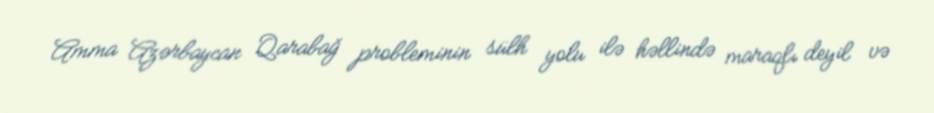
Amma Azərbaycan Qarabağ probleminin sülh yolu ilə həllində maraqlı deyil və